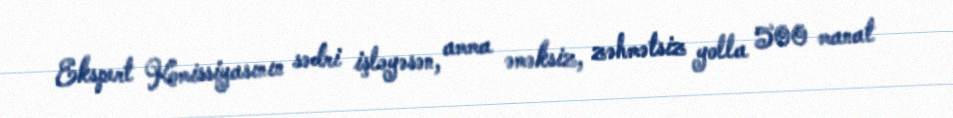
Ekspert Komissiyasının sədri işləyəsən, amma əməksiz, zəhmətsiz yolla 500 manat